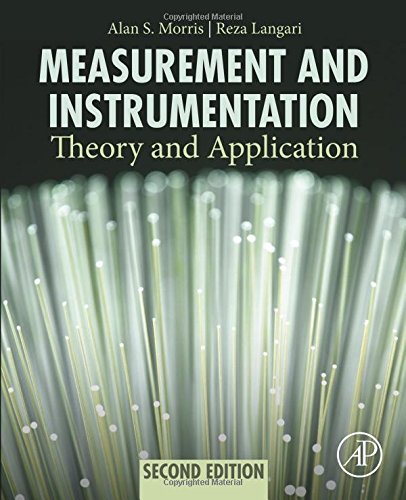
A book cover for Measurement and Instrumentation, Second Edition: Theory and Application; Alan S Morris; Science & Math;